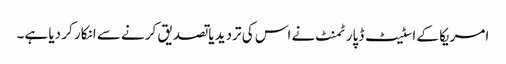
امریکا کے اسٹیٹ ڈپارٹمنٹ نے اس کی تردید یا تصدیق کرنے سے انکار کر دیا ہے۔